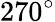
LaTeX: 270^{\circ}